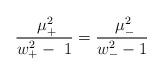
LaTeX: \begin{align*}\frac{\ \mu _{+}^2}{w_{+}^2-\ 1}=\frac{\ \mu _{-}^2}{w_{-}^2-1} \end{align*}